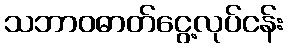
သဘာဝဓာတ်ငွေ့လုပ်ငန်း